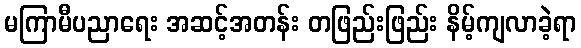
မကြာမီပညာရေး အဆင့်အတန်း တဖြည်းဖြည်း နိမ့်ကျလာခဲ့ရာ